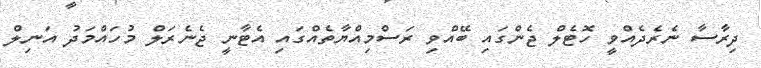
ދިރާސާ ނެރެދެއްވީ ހޮޓެލް ޖެންގައި ބޭއްވި ރަސްމިއްޔާތެއްގައި އެޓާނީ ޖެނެރަލް މުހައްމަދު އަނިލް